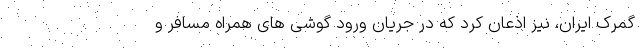
گمرک ایران، نیز اذعان کرد که در جریان ورود گوشی های همراه مسافر و